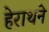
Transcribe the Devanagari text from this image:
हेराथने